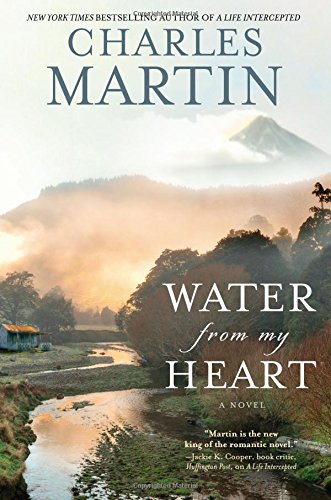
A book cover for Water from My Heart: A Novel; Charles Martin; Romance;